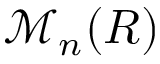
{ \mathcal { M } } _ { n } ( R )